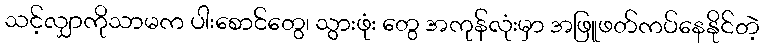
သင့်လျှာကိုသာမက ပါးစောင်တွေ၊ သွားဖုံး တွေ အကုန်လုံးမှာ အဖြူဖတ်ကပ်နေနိုင်တဲ့